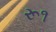
રૂ૧